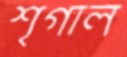
শৃগাল